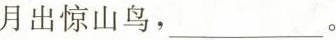
月出惊山鸟，。